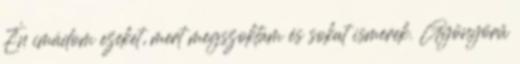
Én imádom ezeket, mert megszoktam és sokat ismerek. Gyönyörű